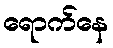
ရောက်နေ